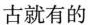
古就有的